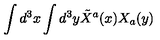
\int d ^ { 3 } x \int d ^ { 3 } y \tilde { X } ^ { a } ( x ) X _ { a } ( y )